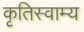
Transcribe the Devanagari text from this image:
कृतिस्वाम्य